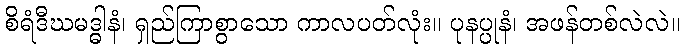
စိရံဒီဃမဒ္ဓါနံ၊ ရှည်ကြာစွာသော ကာလပတ်လုံး။ ပုနပ္ပုနံ၊ အဖန်တစ်လဲလဲ။